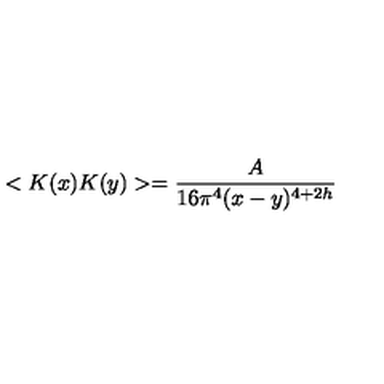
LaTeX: < K ( x ) K ( y ) > = \frac { A } { 1 6 \pi ^ { 4 } ( x - y ) ^ { 4 + 2 h } }